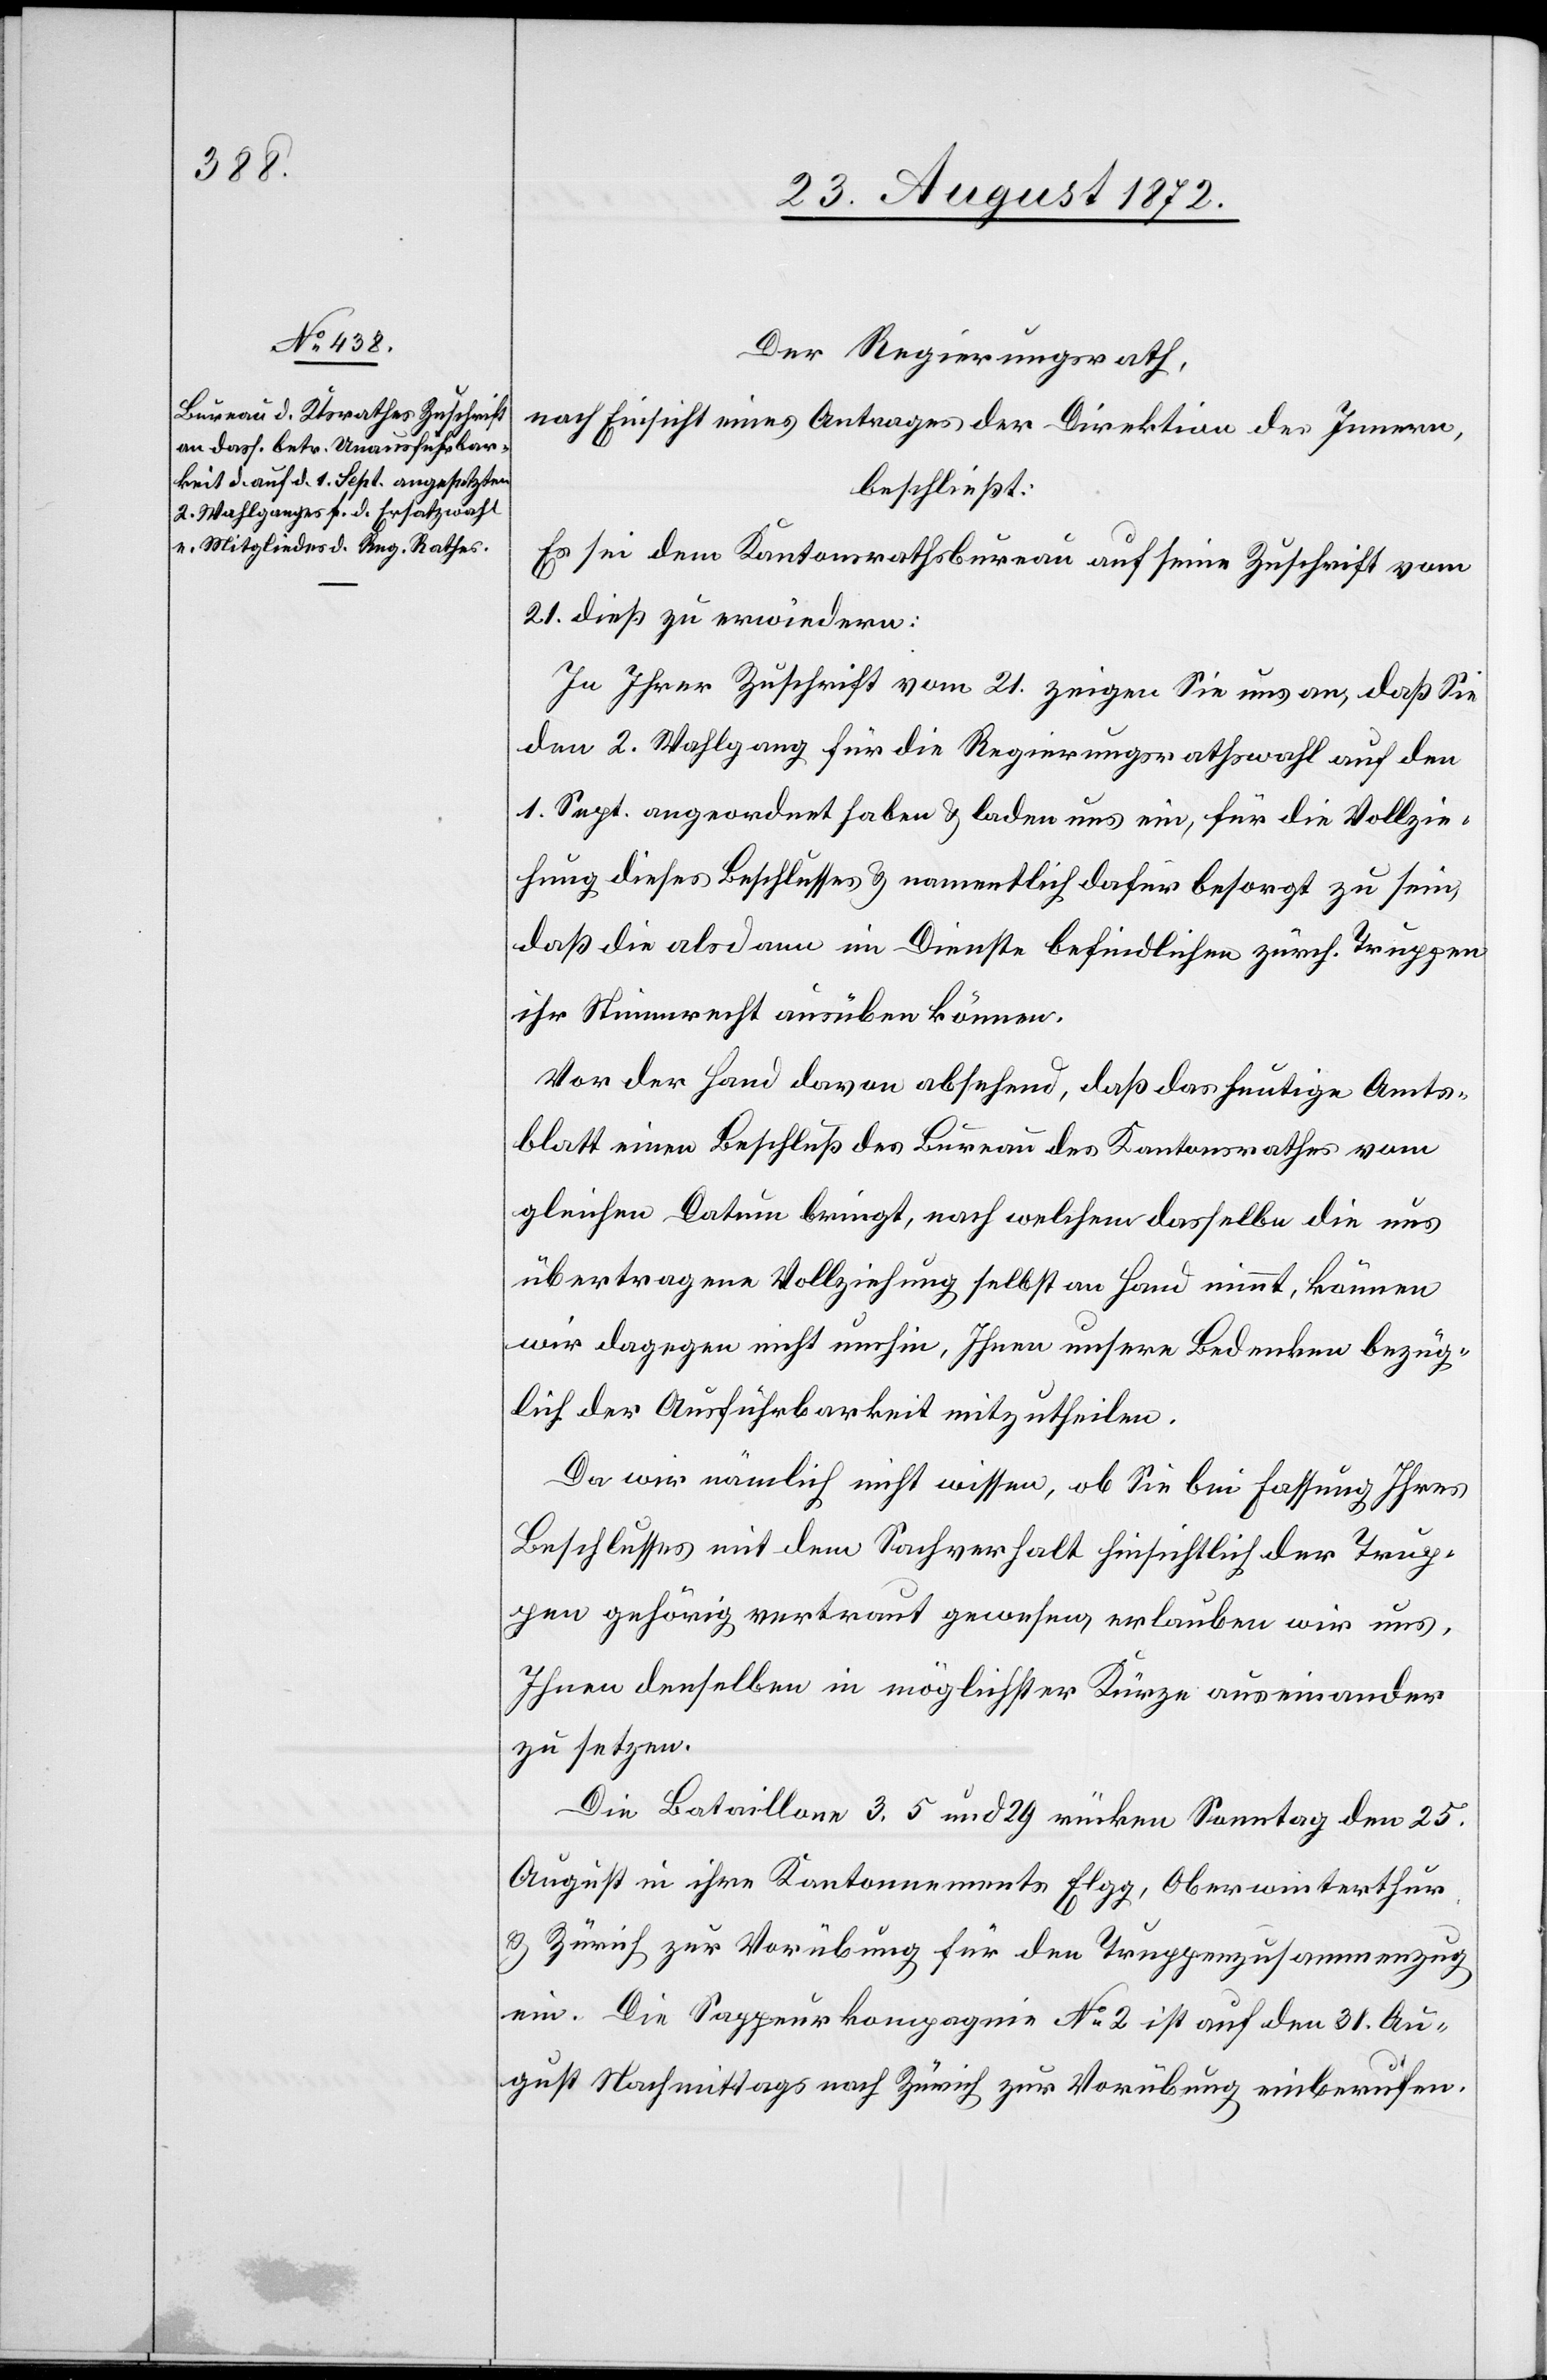
Der Regierungsrath,
nach Einsicht eines Antrages der Direktion des Innern,
beschließt:
Es sei dem Kantonsrathsbureau auf seine Zuschrift vom
21. dieß zu erwiedern:
In Ihrer Zuschrift vom 21. zeigen Sie uns an, daß Sie
den 2. Wahlgang für die Regierungsrathswahl auf den
1. Sept. angeordnet haben u. laden uns ein, für die Vollzie¬
hung dieses Beschlusses u. namentlich dafür besorgt zu sein,
daß die alsdann im Dienste befindlichen zürch. Truppen
ihr Stimmrecht ausüben können.
Vor der Hand davon absehend, daß das heutige Amts¬
blatt einen Beschluß des Bureau des Kantonsrathes vom
gleichen Datum bringt, nach welchem dasselbe die uns
übertragene Vollziehung selbst an Hand nimmt, können
wir dagegen nicht umhin, Ihnen unsere Bedenken bezüg¬
lich der Ausführbarkeit mitzutheilen.
Da wir nämlich nicht wissen, ob Sie bei Fassung Ihres
Beschlusses mit dem Sachverhalt hinsichtlich der Trup¬
pen gehörig vertraut gewesen erlauben wir uns,
Ihnen denselben in möglichster Kürze auseinander
zu setzen.
Die Bataillone 3. 5 und 29 rücken Sonntag den 25.
August in ihre Kantonnements Elgg, Oberwinterthur
u. Zürich zur Vorübung für den Truppenzusammenzug
ein. Die Sappeurkompagnie No 2 ist auf den 31. Au¬
gust Nachmittags nach Zürich zur Vorübung einberufen.